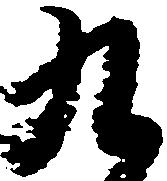
九